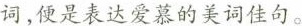
词，便是表达爱慕的美词佳句。